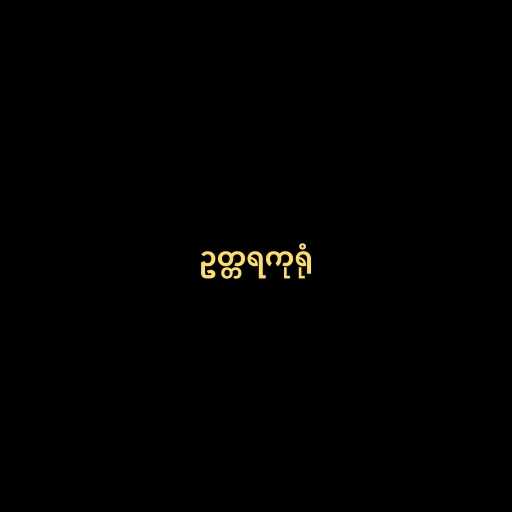
ဥတ္တရကုရုံ